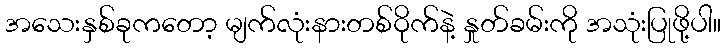
အသေးနှစ်ခုကတော့ မျက်လုံးနားတစ်ဝိုက်နဲ့ နှုတ်ခမ်းကို အသုံးပြုဖို့ပါ။